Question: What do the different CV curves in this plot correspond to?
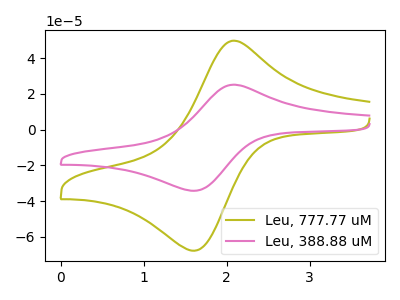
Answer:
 <answer>The olive curve is labeled "Leu, 777.77 uM". The pink curve is labeled "Leu, 388.88 uM".</answer>
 <eval></eval>